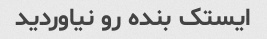
ایستک بنده رو نیاوردید